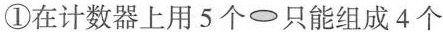
①在计数器上用5个⊙只能组成4个